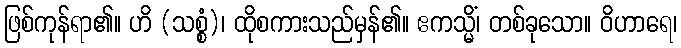
ဖြစ်ကုန်ရာ၏။ ဟိ (သစ္စံ)၊ ထိုစကားသည်မှန်၏။ ဧကသ္မိံ၊ တစ်ခုသော။ ဝိဟာရေ၊